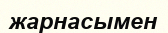
жарнасымен